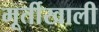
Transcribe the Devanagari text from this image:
मूर्तीखाली